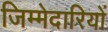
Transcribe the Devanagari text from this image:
जिम्‍मेदारियों